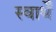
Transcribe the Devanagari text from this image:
स्वार्थें